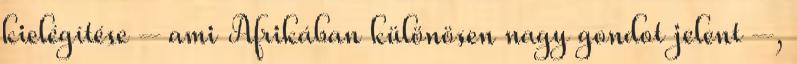
kielégítése – ami Afrikában különösen nagy gondot jelent –,